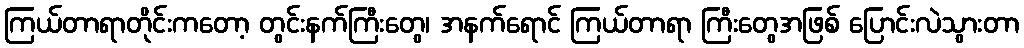
ကြယ်တာရာတိုင်းကတော့ တွင်းနက်ကြီးတွေ၊ အနက်ရောင် ကြယ်တာရာ ကြီးတွေအဖြစ် ပြောင်းလဲသွားတာ